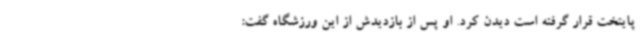
پایتخت قرار گرفته است دیدن کرد. او پس از بازدیدش از این ورزشگاه گفت: